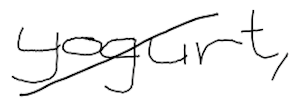
Text: yogurt,
Cross-out: diagonal
Writing tool: digital_black